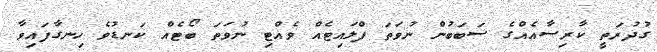
ގުދުރަތީ ކާރިސާއެއްގެ ސަބަބުން ނުވަތަ ފްލައިޓެއް ވެއްޓި ނުވަތަ ބޯޓެއް ކަނޑުވެ ހިނގާފައިވާ